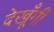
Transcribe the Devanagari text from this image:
देखूँगी